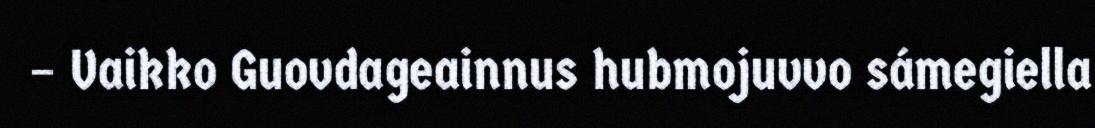
– Vaikko Guovdageainnus hubmojuvvo sámegiella